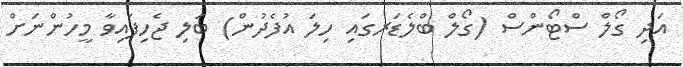
އަދި ގޯލް ސްޓޯންސް (ގޯލް ބްލެޑަރގައި ހިލަ އުފެދުން) ބަލި ޖެހިފައިވާ މީހުންނަށް